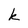
Character: k